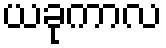
ယခုကာလ